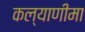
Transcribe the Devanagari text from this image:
कल्‍याणीमा